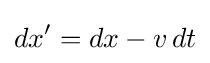
dx'=dx-v\,dt